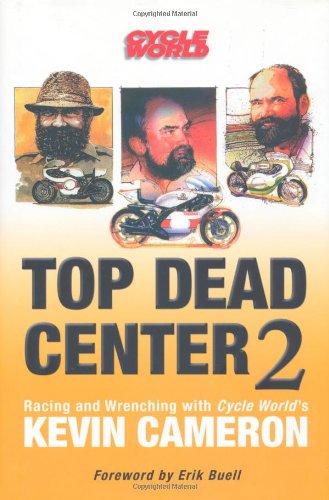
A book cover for Top Dead Center 2: Racing and Wrenching with Cycle World's Kevin Cameron; Kevin Cameron; Sports & Outdoors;